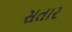
સતાર